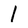
Character: 1